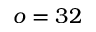
o = 3 2